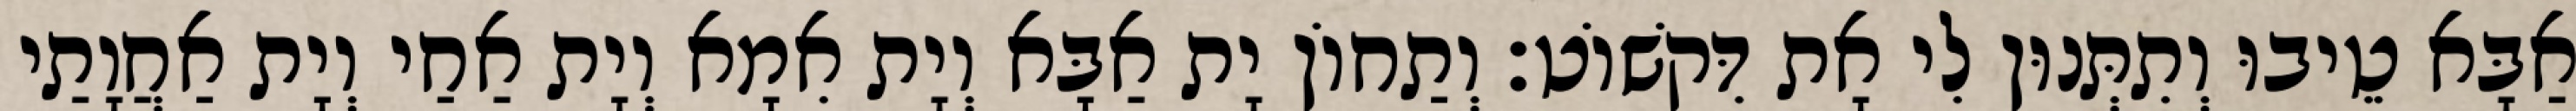
אַבָּא טֵיבוּ וְתִתְּנוּן לִי אָת דִּקשׁוֹט׃ וְתַחוֹן יָת אַבָּא וְיָת אִמָא וְיָת אַחַי וְיָת אַחֲוָתַי